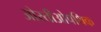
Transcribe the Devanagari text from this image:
ओस्तीओपथिक